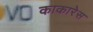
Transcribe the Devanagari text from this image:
काकारेस